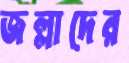
জল্লাদের